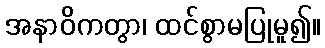
အနာဝိကတွာ၊ ထင်စွာမပြုမူ၍။